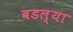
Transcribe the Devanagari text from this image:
बडल्या